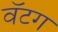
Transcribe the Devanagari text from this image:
वॅटग